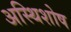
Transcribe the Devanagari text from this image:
अस्थिशोष